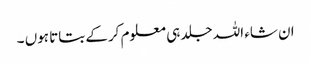
ان شاء اللہ جلد ہی معلوم کرکے بتاتا ہوں ۔